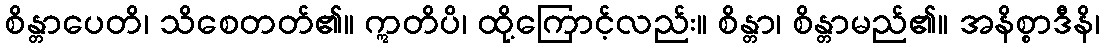
စိန္တာပေတိ၊ သိစေတတ်၏။ ဣတိပိ၊ ထို့ကြောင့်လည်း။ စိန္တာ၊ စိန္တာမည်၏။ အနိစ္စာဒီနိ၊